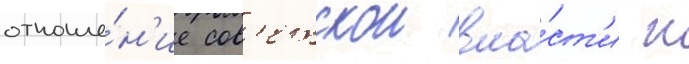
отноше́н'ие сов'етскои вла́ст'и к